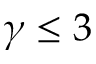
\gamma \leq 3